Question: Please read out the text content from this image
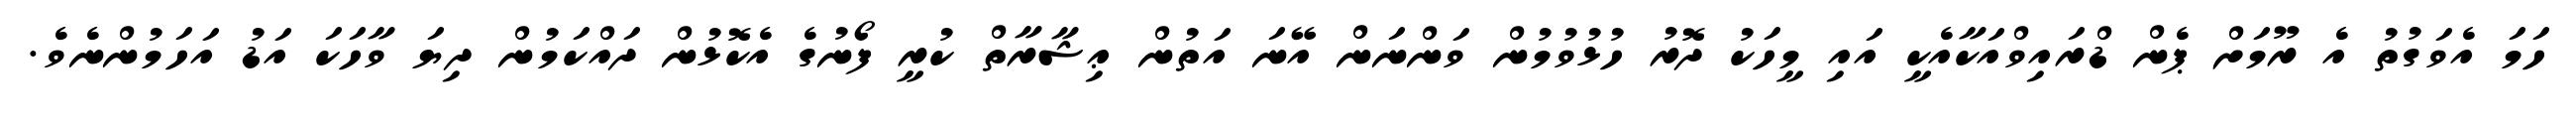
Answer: ހަމަ އެވަގުތު އެ ރޫމަށް ޕެން ޑްރައިވްއަކާއެކީ އައި މީހަކު ދޮރު ހުޅުވުމުން ވަންނަން އޭނަ އަތުން ޢިޝާރާތް ކުރީ ފޯނުގެ އެކޮޅުން ދައްކަމުން ދިޔަ ވާހަކަ އަޑު އަހަމުންނެވެ.